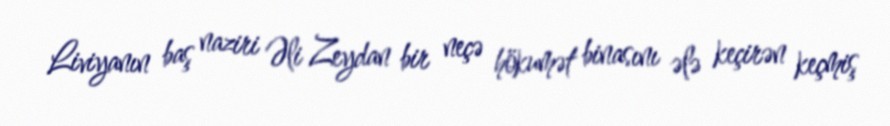
Liviyanın baş naziri Əli Zeydan bir neçə hökumət binasını ələ keçirən keçmiş